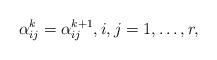
LaTeX: \begin{gather*} \alpha_{ij}^k = \alpha_{ij}^{k+1},i,j=1,\dots,r,\end{gather*}